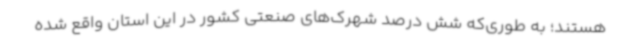
هستند؛ به طوری‌که شش درصد شهرک‌های صنعتی کشور در این استان واقع شده